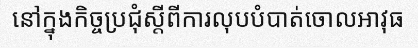
នៅក្នុងកិច្ចប្រជុំស្តីពីការលុបបំបាត់ចោលអាវុធ